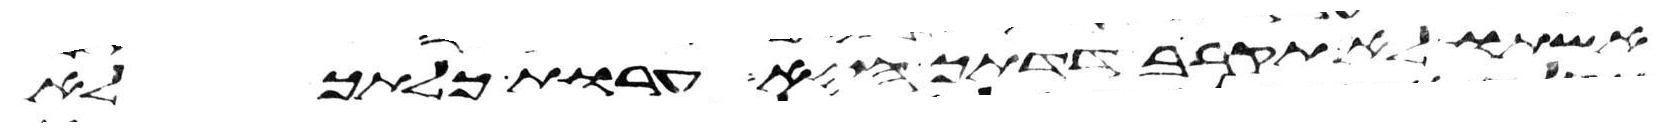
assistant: אשתו לא תקרב דדתך היא ערות כלתך לא